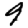
Digit: 9